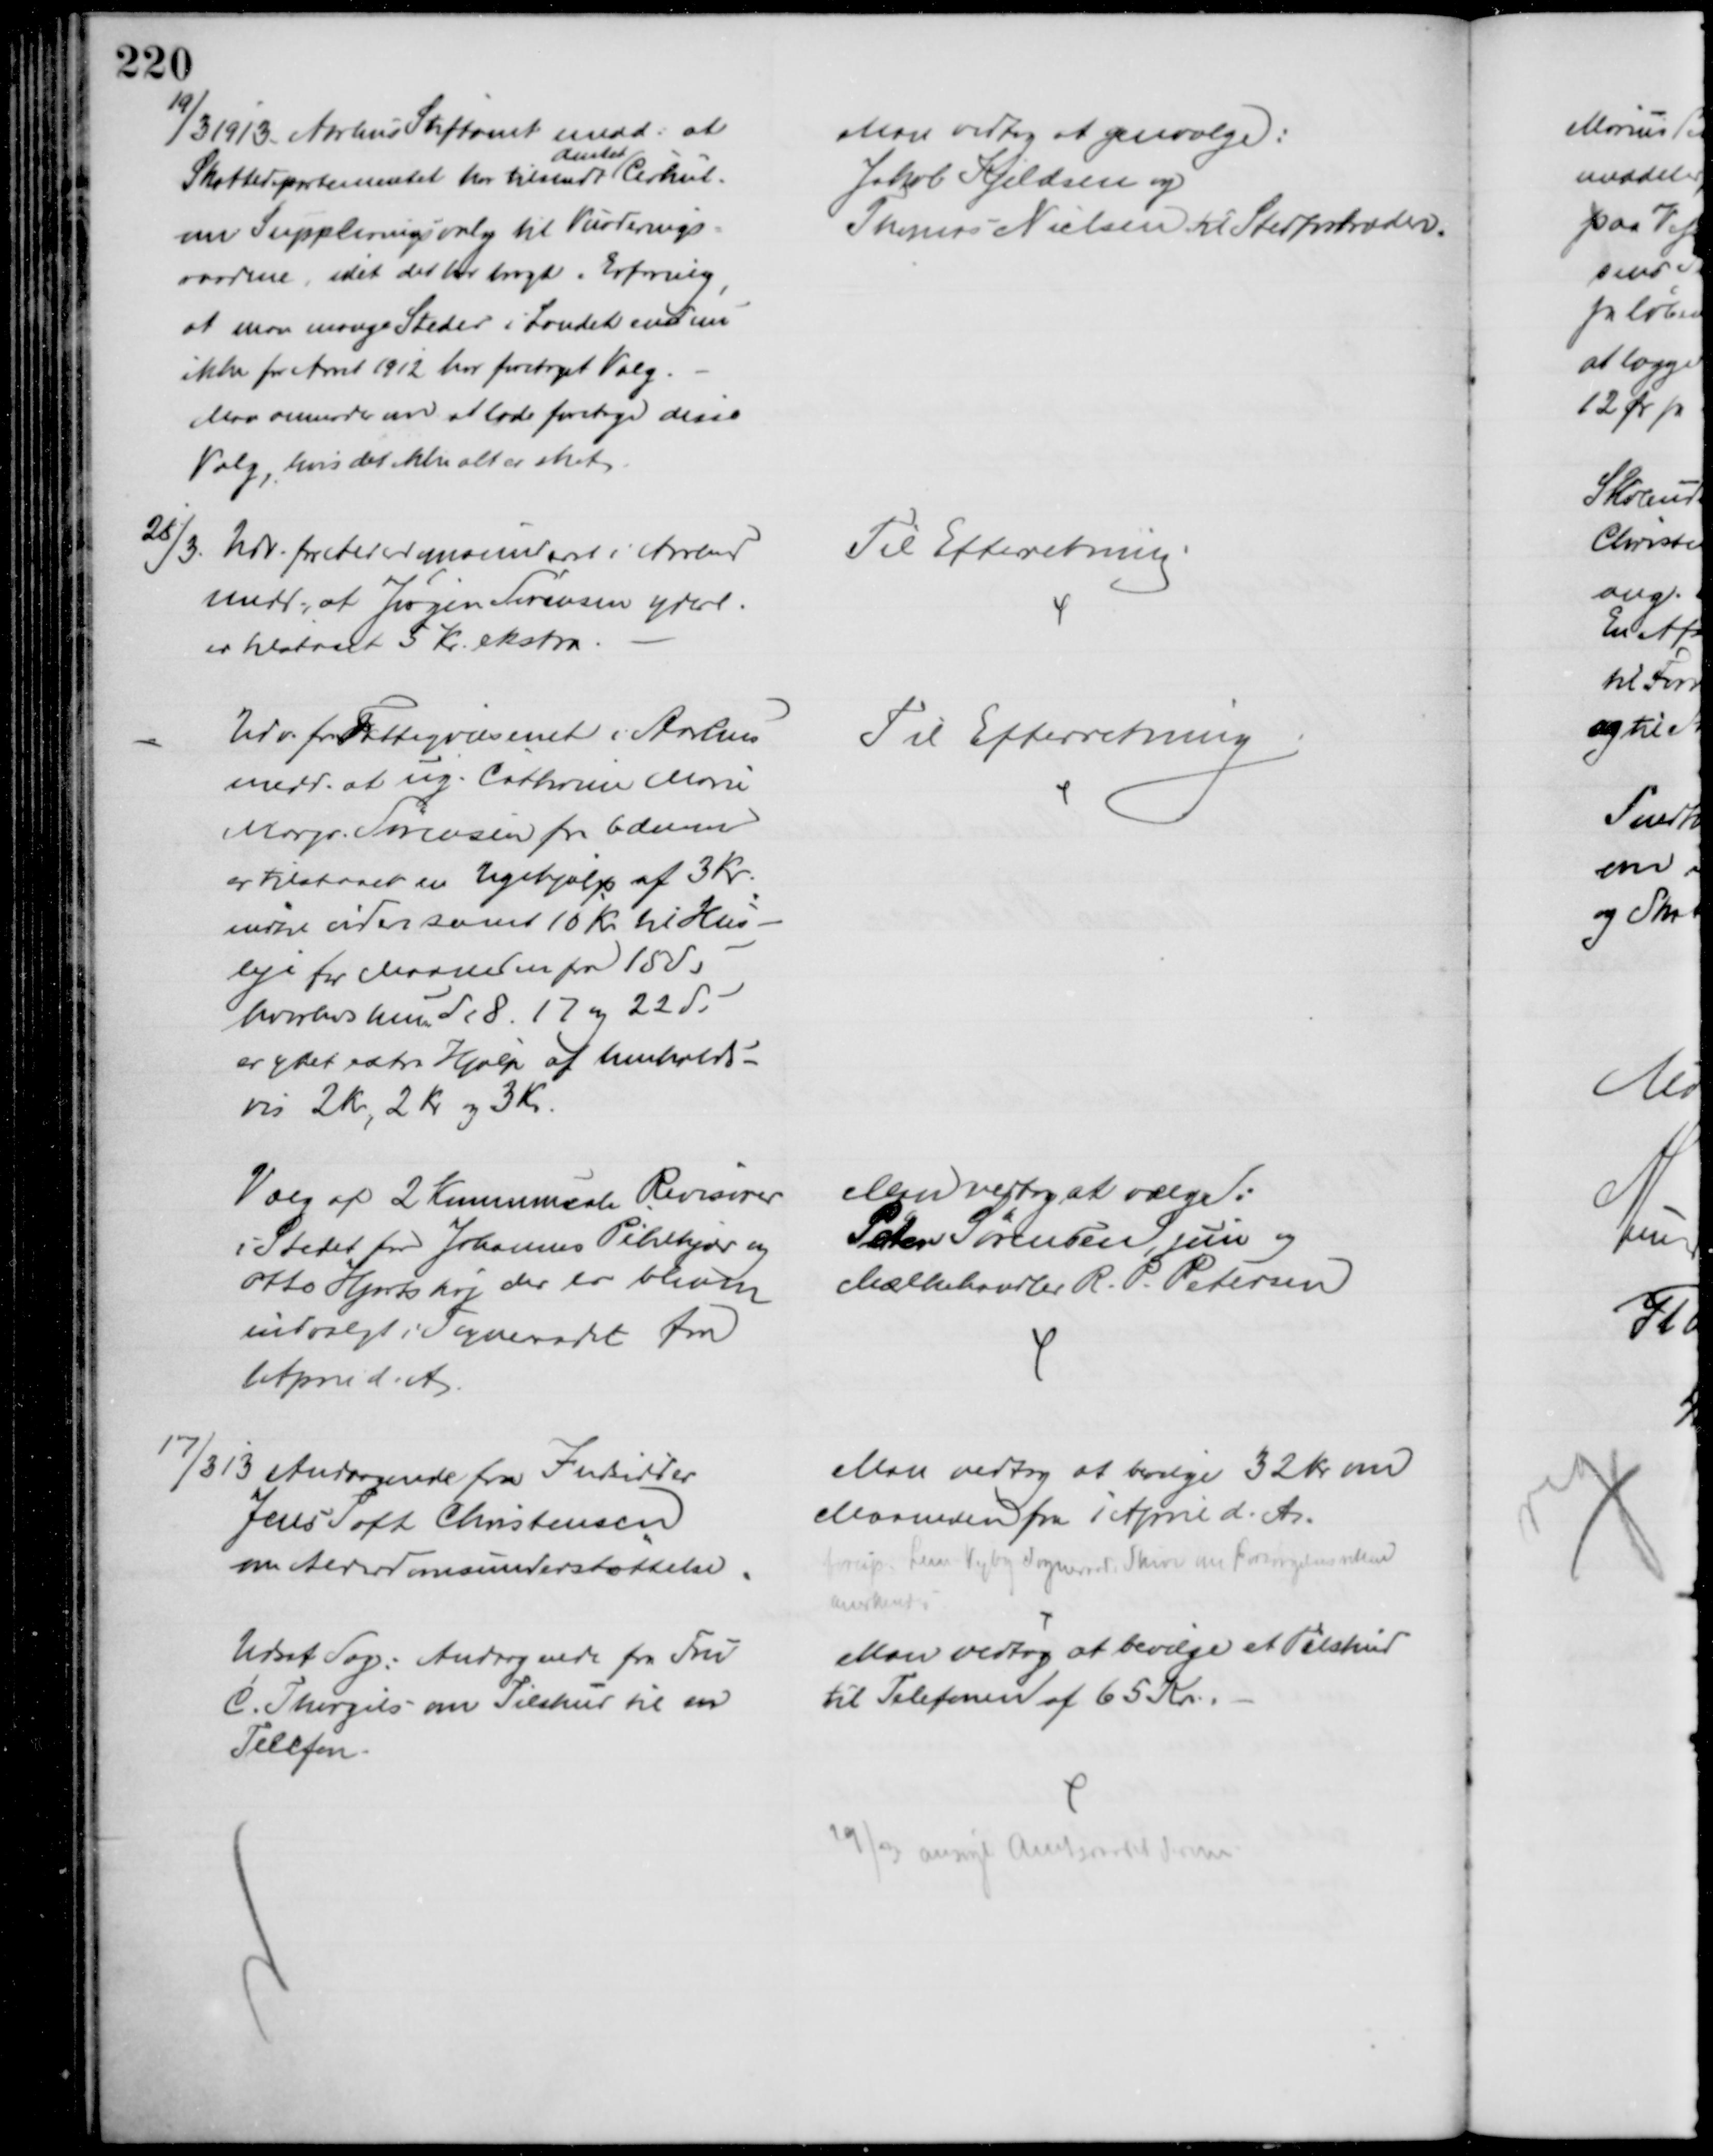
Transskription:
19/3 1913. Aarhus Stiftamt medd: at
Skattedepartementet har tilsendt
Amtet
Cirkul.
om Suppleringsvalg til Vurderings-
raadene, idet det har bragt i Erfaring,
at man mange Steder i Landet endnu
ikke for Aaret 1912 har foretaget Valg.
Man anmoder om at lade foretage disse
Valg, hvis det ikke alt er sket.
Man vedtog at genvælge:
Jakob Kjeldsen og
Thomas Nielsen til Stedfortræder.
28/3. Udv. for Alderdomsunderst i Aarhus
medd., at Jørgen Sørensen yderl.
er tilstaaet 5 Kr. ekstra.
Til Efterretning
Udv. for Fattigvæsenet i Aarhus
medd. at ug. Cathrine Marie
Margr. Sørensen fra 6 dennes
er tilstaaet en Ugehjælp af 3 Kr.
indtil videre samt 10 Kr. til Hus-
leje for Maaneden fra 15 ds.
hvorhos hun d. 8. 17 og 22 ds.
er ydet extra Hjælp af henholds-
vis 2 Kr, 2 Kr og 3 Kr.
Til Efterretning
Valg af 2 Kommunale Revisorer
istedet for Johannes Pihlkjær og 
Otto Hjortshøj der er bleven 
indvalgt i Sogneraadet fra
1 April d. A.
Man vedtog at vælge:
Peter Sørensen, jun og
Mælkehandler R. P. Petersen
17/3 13 Andragende fra Indsidder
Jens Toft Christensen
om Alderdomsunderstøttelse.
Man vedtog at bevilge 32 Kr om
Maaneden fra 1 April d. A.
foresp. Lem Vejby Sogneraad, Skrive om Forsørgelsesretten
anerkendes
Udsat Sag: Andragende fra Fru
C. Thorgils om Tilskud til en
Telefon.
Man vedtog at bevilge et Tilskud
til Telefonen af 65 Kr.
29/3 ansøgt Amtsraadet derom